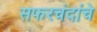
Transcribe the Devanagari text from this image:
सफरचंदांचे